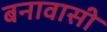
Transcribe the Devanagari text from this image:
बनावासी